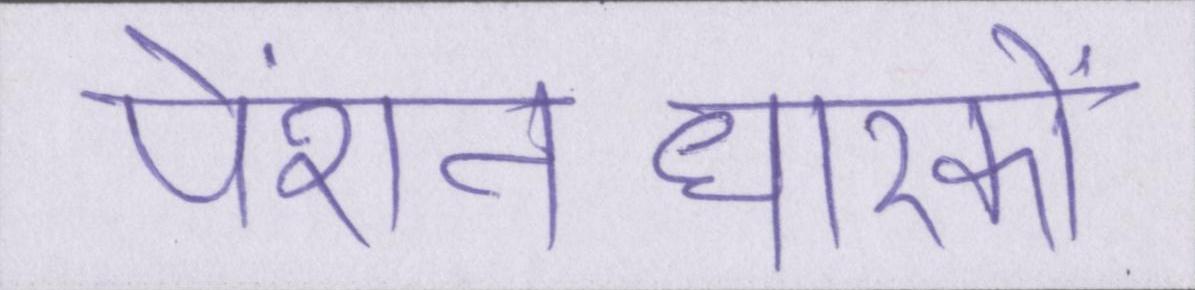
पेंशनधारकों